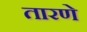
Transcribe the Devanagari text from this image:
तारणे